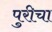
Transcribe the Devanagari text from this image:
पुरीचा